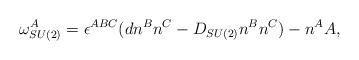
\begin{align*}\omega _{SU(2)}^A=\epsilon^{ABC}(dn^Bn^C-D_{SU(2)}n^Bn^C)-n^AA,\end{align*}